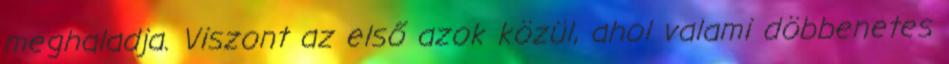
meghaladja. Viszont az első azok közül, ahol valami döbbenetes